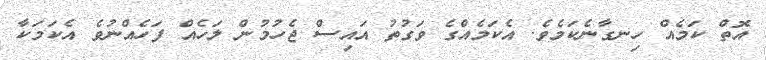
އޮތް ކަމެއް ހިނގާނެކަމެވެ. އެކަމެއްގެ ވަގުތު އައިސް ޖެހުމުން ލަހެއް ފަހެއްނުވެ އެކަމަކާ